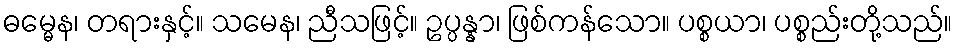
ဓမ္မေန၊ တရားနှင့်။ သမေန၊ ညီသဖြင့်။ ဥပ္ပန္နာ၊ ဖြစ်ကန်သော။ ပစ္စယာ၊ ပစ္စည်းတို့သည်။